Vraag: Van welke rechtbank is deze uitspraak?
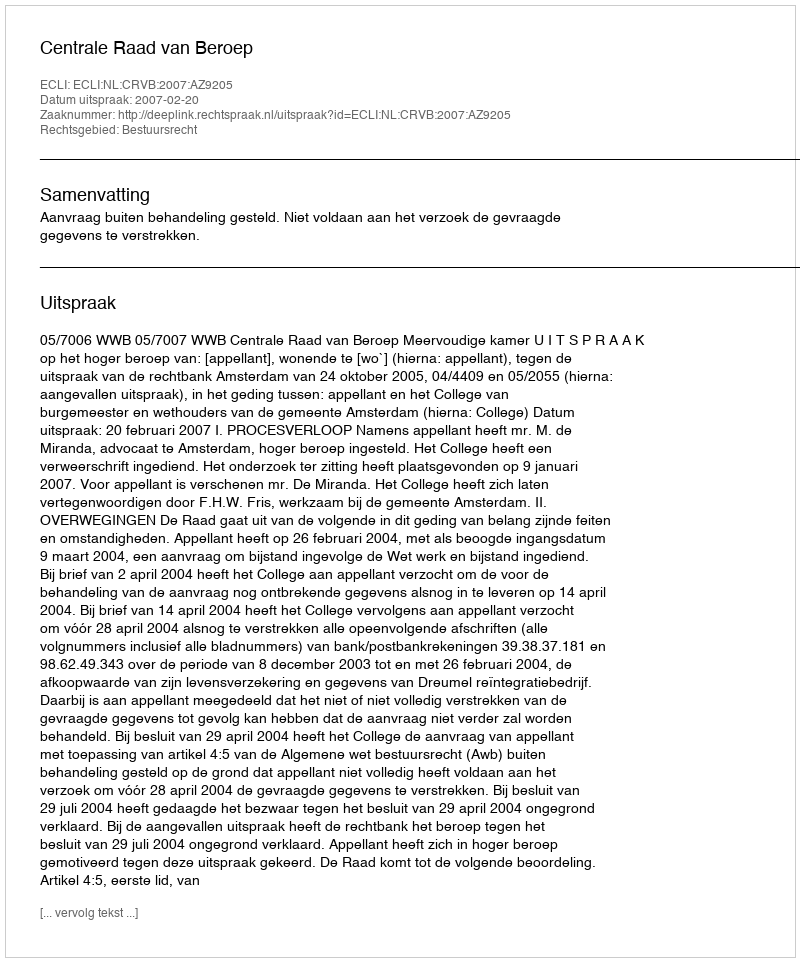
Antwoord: Centrale Raad van Beroep